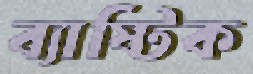
ব্যাষ্টিক